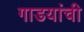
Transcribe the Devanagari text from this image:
गाडयांची